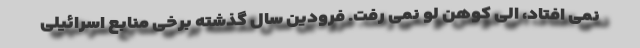
نمی ‌افتاد، الی کوهن لو نمی‌ رفت. فرودین سال گذشته برخی منابع اسرائیلی